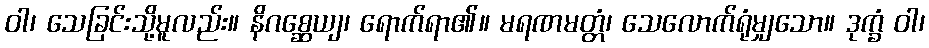
ဝါ၊ သေခြင်းသို့မူလည်း။ နိဂစ္ဆေယျ၊ ရောက်ရာ၏။ မရဏမတ္တံ၊ သေလောက်ရုံမျှသော။ ဒုက္ခံ ဝါ၊